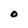
Character: O